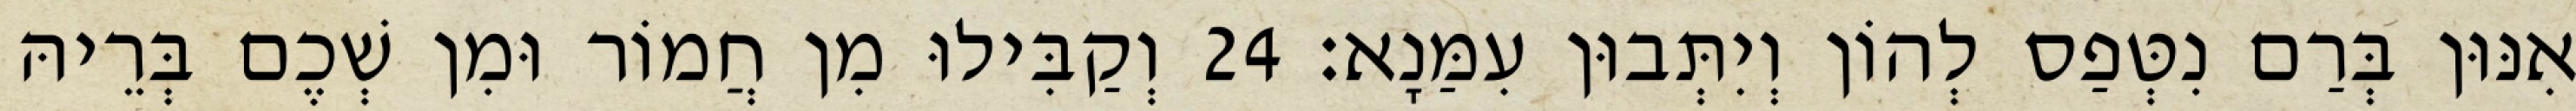
אִנּוּן בְּרַם נִטְּפַס לְהוֹן וְיִתְּבוּן עִמַּנָא׃ 24 וְקַבִּילוּ מִן חֲמוֹר וּמִן שְׁכֶם בְּרֵיהּ